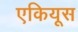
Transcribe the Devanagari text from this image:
एकियूस